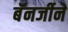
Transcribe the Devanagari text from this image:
बॅनर्जीने